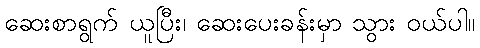
ဆေးစာရွက် ယူပြီး၊ ဆေးပေးခန်းမှာ သွား ဝယ်ပါ။